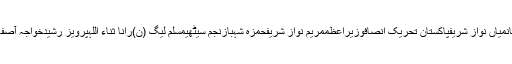
پاکستانمیاں نواز شریفپاکستان تحریک انصافوزیراعظممریم نواز شریفحمزہ شہبازنجم سیٹھیمسلم لیگ (ن)رانا ثناء اللہپرویز رشیدخواجہ آصفعدالت